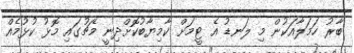
ބާރު ހަމަލާއަކުން މި ލަނޑު އެ ޓީމަށް ކާމިޔާބުކޮށްދިނީ މެޗުގައި މޮޅު ކުޅުމެއް